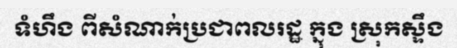
ទំហឹង ពីសំណាក់ប្រជាពលរដ្ឋ ក្នុង ស្រុកស្ទឹង